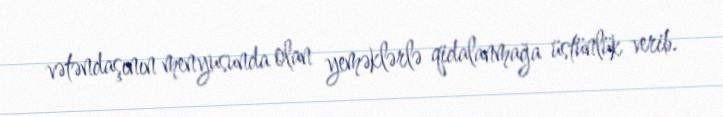
vətəndaşının menyusunda olan yeməklərlə qidalanmağa üstünlük verib.